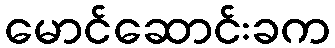
မောင်ဆောင်းခက